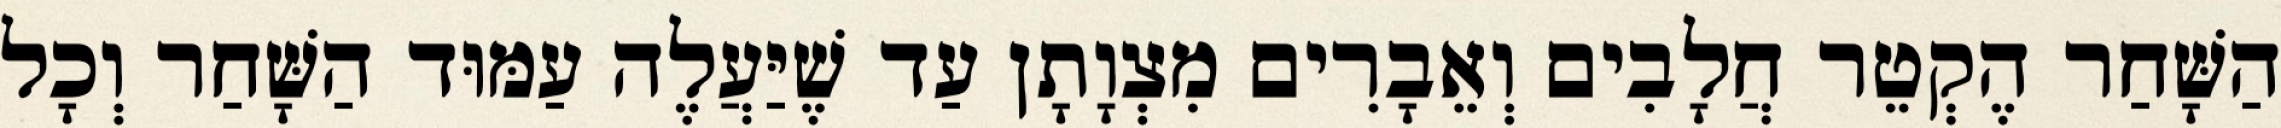
הַשָּׁחַר הֶקְטֵר חֲלָבִים וְאֵבָרִים מִצְוָתָן עַד שֶׁיַּעֲלֶה עַמּוּד הַשָּׁחַר וְכָל